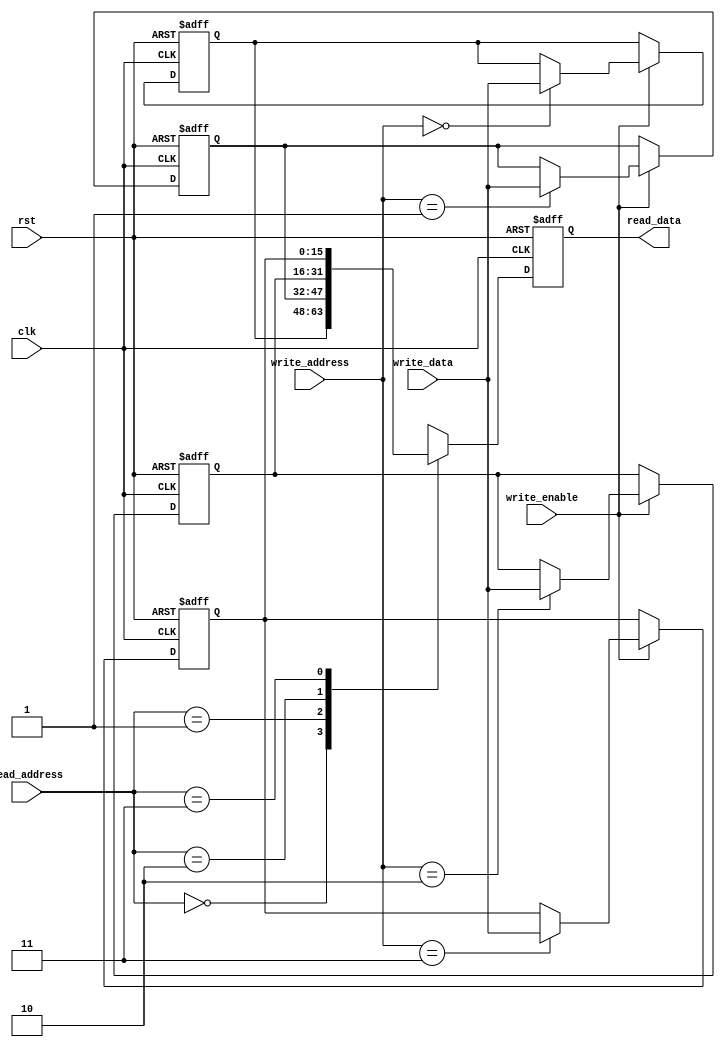
/* Description: Memory for storing numbers */
/* The memory contains 4 locations . It shall be instantiated as many time as it's needed */
/* Author : Basma Walid - Preprocessing Team */

module Memory #(parameter BITS = 16 , parameter ADDRESS_BITS = 2, parameter NUMBER_OF_LOCATIONS = 4)
(
	input clk ,
	input rst ,
	input wire [ADDRESS_BITS-1:0] read_address ,
	input wire [ADDRESS_BITS-1:0] write_address ,
	input wire 		[BITS-1:0]    write_data ,
	input wire		 	          write_enable ,
	output reg 		[BITS-1:0]    read_data
);

reg [BITS-1:0]  locations [NUMBER_OF_LOCATIONS-1:0] ;

integer i;

always@(posedge clk or negedge rst)
begin
	if(!rst)
	begin
		/* At rst , reset the output and reset the memory */
		read_data <= 'b0;
		for(i=0 ; i<NUMBER_OF_LOCATIONS ; i = i + 1)
		begin
			locations[i] <= 'b0;
		end
		/* locations[0] <= 'b0 ;
		locations[1] <= 'b0 ;
		locations[2] <= 'b0 ;
		locations[3] <= 'b0 ; */
	end
	else
	begin
		/* There's always data on the read bus */
		read_data <= locations[read_address];
		
		/* If there is a write operation , write the data in the desired memory location */
		if(write_enable)
		begin
			locations[write_address] <= write_data ;
		end
		
	end
end

//assign read_data = locations[read_address]; 

endmodule